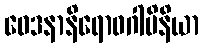
ဝေဒနာနိရောဓဂါမိနိယာ